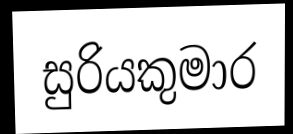
සුරියකුමාර